Lunatic asylums Punjab 1881-1894 - 1881-1894
Year: 1881
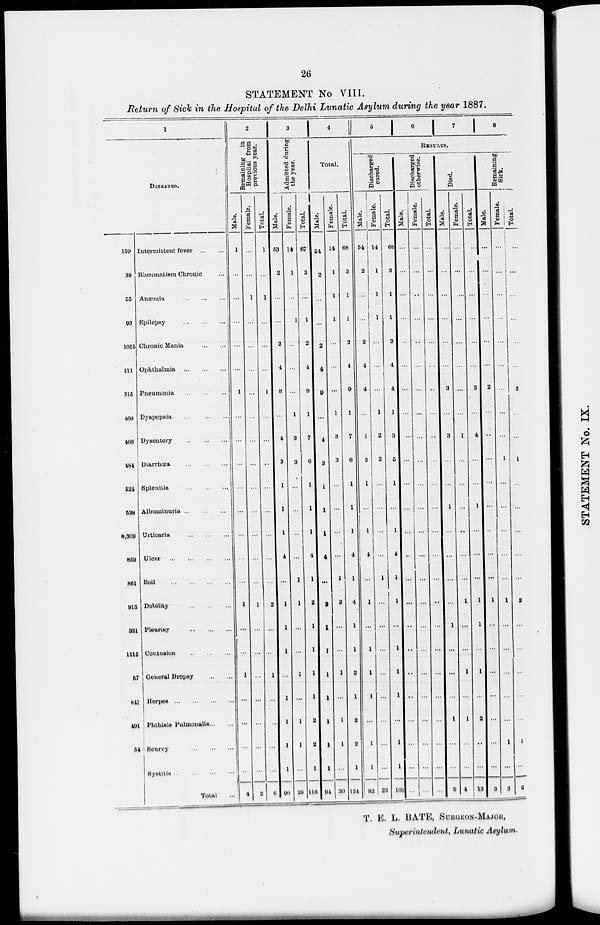
26
STATEMENT No VIII.
Return of Sick in the Hospital of the Delhi Lunatic Asylum during the year 1887.
1
DISEASES.
150
38
55
93
105b
111
315
400
406
484
524
538
8,300
850
861
015
831
1115
57
841
401
54
Intermittent fever ... ...
Rheumatism Chronic ...
Anæmia
...
...
Epilepsy
...
...
Chronic Mania
...
...
Ophthalmia
...
...
Pneumonia
...
...
Dyspepsia
...
...
Dysentery ... ...
Diarrhœa
...
...
Splenitis
...
...
Albuminuria
...
...
Urticaria
...
...
Ulcer
...
...
Boil
...
...
Debility
...
...
Pleurisy ... ...
Contusion
...
...
General Dropsy
...
...
Herpes
...
...
Phthisis Pulmonalls ... ...
Scurvy ... ...
Systitis
...
...
Total ...
2
Remaining in
Hospital from
previous year.
Male.
1
...
...
...
...
...
1
...
...
...
...
...
...
...
...
1
...
...
1
...
...
...
...
4
Female.
...
...
1
...
...
...
...
...
...
...
...
...
...
...
...
1
...
...
...
...
...
...
...
2
Total.
1
...
1
...
...
...
1
...
...
...
...
...
...
...
...
2
...
...
1
...
...
...
...
6
3
Admitted during
the year.
Male.
63
2
...
...
2
4
8
...
4
3
1
1
1
4
...
1
1
1
...
1
1
1
1
90
Female.
14
1
...
1
...
...
...
1
3
3
...
...
...
...
1
1
...
...
1
...
1
1
...
28
Total.
67
3
...
1
2
4
8
1
7
6
1
1
1
4
1
2
1
1
1
1
2
2
1
118
4
Total.
Male.
54
2
...
...
2
4
9
...
4
3
1
1
1
4
...
2
1
1
1
1
1
1
1
94
Female.
14
1
1
1
...
...
...
1
3
3
...
...
...
...
1
2
...
...
1
...
1
1
...
30
Total.
68
3
1
1
2
4
9
1
7
6
1
1
1
4
1
4
1
1
2
1
2
2
1
124
5
6
7 8
RESULTS.
Discharged
cured.
Male.
54
2
...
...
2
4
4
...
1
3
1
...
1
4
...
1
...
1
1
1
...
1
1
82
Female.
14
1
1
1
...
...
...
1
2
2
...
...
...
...
1
...
...
...
...
...
...
...
...
23
Total.
68
3
1
1
2
4
4
1
3
5
1
...
1
4
1
1
...
1
1
1
...
1
1
105
Discharged
otherwise.
Male.
...
...
...
...
...
...
...
...
...
...
...
...
...
...
...
...
...
..
..
...
...
...
...
...
Female.
...
...
...
...
..
...
...
...
...
...
...
...
...
...
...
...
...
...
...
...
...
...
...
...
Total.
...
...
...
...
...
...
..
...
..
...
...
...
...
...
...
...
...
...
...
...
...
...
...
...
Died.
Male.
...
...
...
...
...
...
3
...
3
...
...
1
...
...
...
...
1
...
...
...
1
...
...
9
Female.
...
...
...
...
...
...
...
...
1
...
...
...
...
...
...
1
...
...
1
...
1
...
...
4
Total.
...
...
...
...
...
...
3
...
4
...
...
1
...
...
...
1
1
...
1
...
2
...
...
13
Remaining
Sick.
Male.
...
...
...
...
...
...
2
...
...
...
...
...
...
...
...
1
...
...
...
...
...
...
...
3
Female.
...
...
...
...
...
...
...
...
...
1
...
...
...
...
...
1
...
...
...
...
...
1
...
3
Total.
...
...
...
...
...
...
2
...
...
1
...
...
...
...
...
2
...
...
...
...
...
1
...
6
T. E. L. BATE, SURGEON-MAJOR,
Superintendent, Lunatic Asylum.